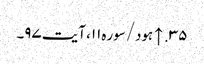
۳۵. ↑ ہود/سوره۱۱، آیت ۹۷۔